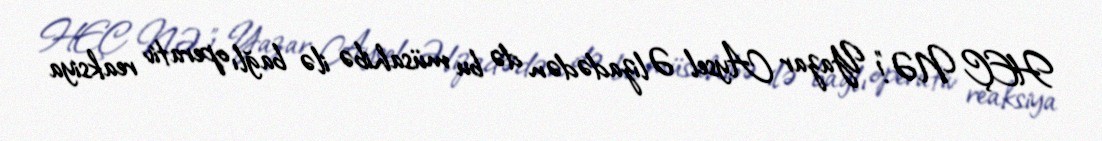
HEÇ NƏ!” Yazar Aysel Əlizadədən də bu müsahibə ilə bağlı operativ reaksiya